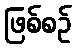
ဖြစ်စဉ်